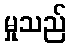
မှုသည်